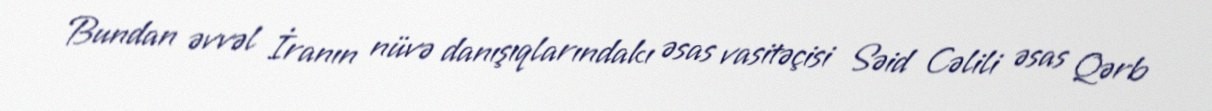
Bundan əvvəl İranın nüvə danışıqlarındakı əsas vasitəçisi Səid Cəlili əsas Qərb